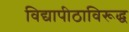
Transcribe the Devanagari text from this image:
विद्यापीठाविरूद्ध